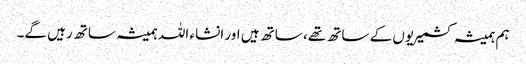
ہم ہمیشہ کشمیریوں کے ساتھ تھے، ساتھ ہیں اور انشاء اللہ ہمیشہ ساتھ رہیں گے۔